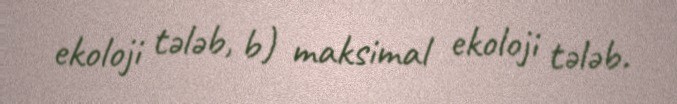
ekoloji tələb, b) maksimal ekoloji tələb.